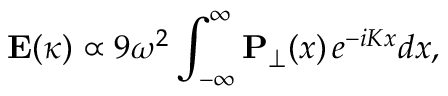
\mathbf { E } ( \kappa ) \propto 9 \omega ^ { 2 } \int _ { - \infty } ^ { \infty } \mathbf { P } _ { \perp } ( x ) \, e ^ { - i K x } d x ,